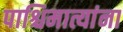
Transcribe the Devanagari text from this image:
पाश्चिमात्यांना